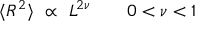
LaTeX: \langle R ^ { 2 } \rangle \ \propto \ L ^ { 2 \nu } \qquad 0 < \nu < 1